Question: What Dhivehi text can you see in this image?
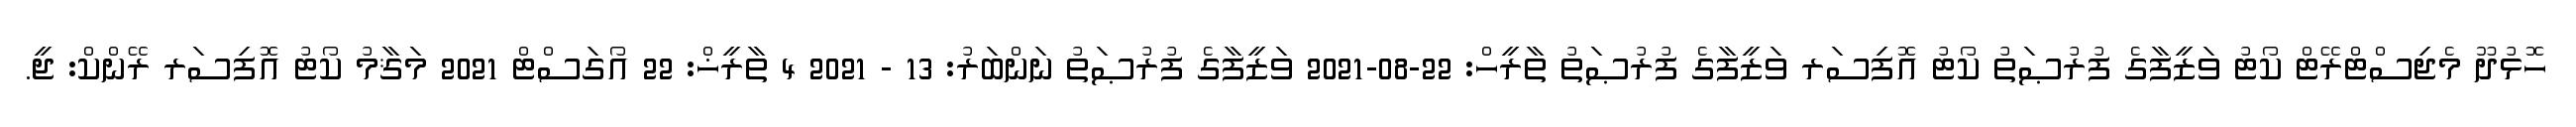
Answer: ހޮޅުދޫ މެޖިސްޓްރޭޓް ކޯޓު ވަޒީފާގެ ފުރުޞަތު ކޯޓު އޮފިސަރ ވަޒީފާގެ ފުރުޞަތު ތާރީހް: 22-08-2021 ވަޒީފާގެ ފުރުޞަތު ނަންބަރު: 13 - 2021 4 ތާރީޚް: 22 އޯގަސްޓް 2021 މަޤާމު ކޯޓު އޮފިސަރ ރޭންކް: ޖީ.